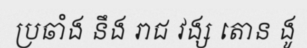
ប្រឆាំង នឹង រាជ វង្ស តោន ងូ